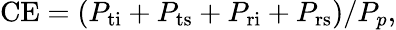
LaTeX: \textrm{CE}=(P_{\textrm{ti}}+P_{\textrm{ts}}+P_{\textrm{ri}}+P_{\textrm{rs}})/P_{p},